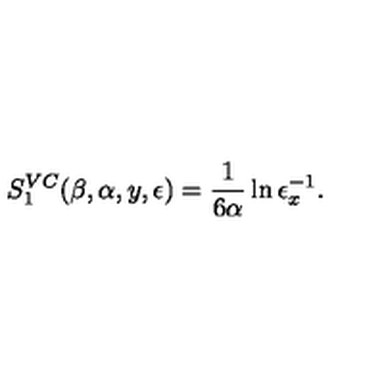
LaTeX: S _ { 1 } ^ { V C } ( \beta , \alpha , y , \epsilon ) = { \frac { 1 } { 6 \alpha } } \ln { \epsilon _ { x } ^ { - 1 } } .